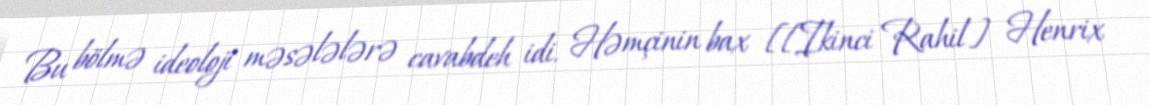
Bu bölmə ideoloji məsələlərə cavabdeh idi. Həmçinin bax [[Ikinci Rahil] Henrix